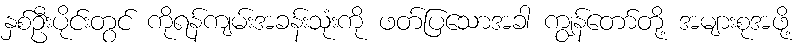
နှစ်ဦးပိုင်းတွင် ကိုရန်ကျမ်းအခန်းသုံးကို ဖတ်ပြသောအခါ ကျွန်တော်တို့ အများစုအဖို့